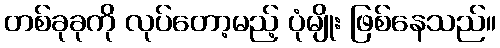
တစ်ခုခုကို လုပ်တော့မည့် ပုံမျိုး ဖြစ်နေသည်။